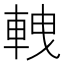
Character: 𨋯